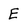
Character: E